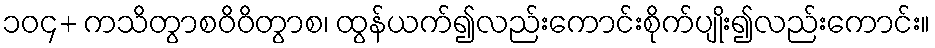
၁၀၄+ ကသိတွာစဝိဝိတွာစ၊ ထွန်ယက်၍လည်းကောင်းစိုက်ပျိုး၍လည်းကောင်း။